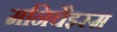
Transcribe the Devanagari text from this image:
मनिचैइस्म